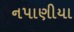
નપાણીયા